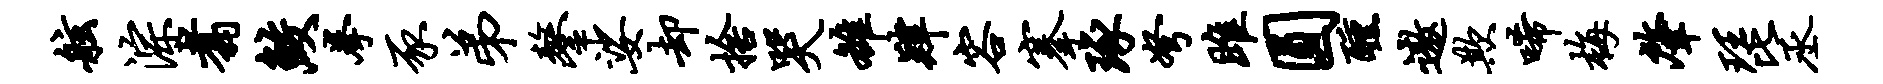
舷淙翥鲛拳豕弟鏊娑却舍哭雒肄容搴琢弩雎圆醺遨欺唏梅肇琵丞